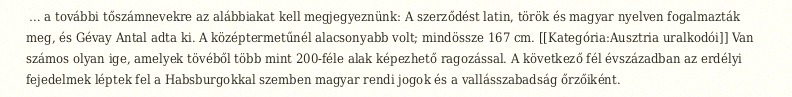
… a további tőszámnevekre az alábbiakat kell megjegyeznünk: A szerződést latin, török és magyar nyelven fogalmazták meg, és Gévay Antal adta ki. A középtermetűnél alacsonyabb volt; mindössze 167 cm. [[Kategória:Ausztria uralkodói]] Van számos olyan ige, amelyek tövéből több mint 200-féle alak képezhető ragozással. A következő fél évszázadban az erdélyi fejedelmek léptek fel a Habsburgokkal szemben magyar rendi jogok és a vallásszabadság őrzőiként.